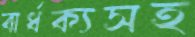
বার্ধক্যসহ